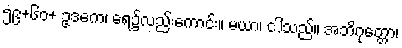
၅၉+၆၀+ ဥဒကေ၊ ရေ၌လည်းကောင်း။ မယာ၊ ငါသည်။ အဘိဂုတ္တော၊